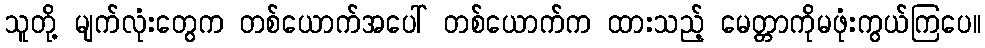
သူတို့ မျက်လုံးတွေက တစ်ယောက်အပေါ် တစ်ယောက်က ထားသည့် မေတ္တာကိုမဖုံးကွယ်ကြပေ။